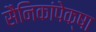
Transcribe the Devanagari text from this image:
सैनिकांपेक्षा